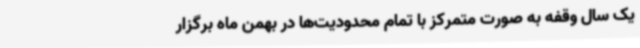
یک سال وقفه به صورت متمرکز با تمام محدودیت‌ها در بهمن ماه برگزار